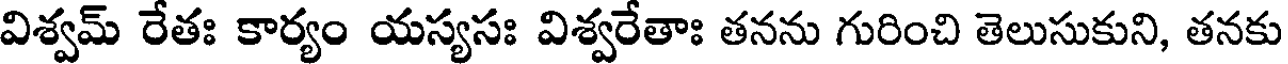
విశ్వమ్ రేతః కార్యం యస్యసః విశ్వరేతాః తనను గురించి తెలుసుకుని, తనకు